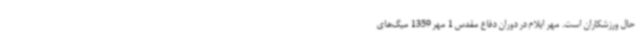
حال ورزشکاران است. مهر ایلام در دوران دفاع مقدس 1 مهر 1359 میگ‌های